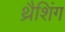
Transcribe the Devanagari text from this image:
थ्रैशिंग